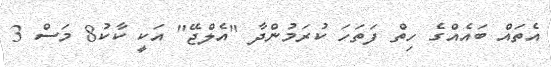
އެތައް ބައެއްގެ ހިތް ފަތަހަ ކުރަމުންދާ "އެލްޖޭ" އަކީ ކާކު8 މަސް 3